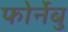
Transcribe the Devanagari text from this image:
फोर्नेबु